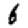
Digit: 6